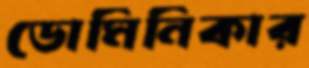
ডোমিনিকার